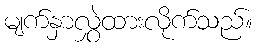
မျက်နှာလွှဲထားလိုက်သည်။